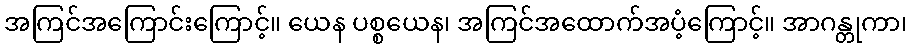
အကြင်အကြောင်းကြောင့်။ ယေန ပစ္စယေန၊ အကြင်အထောက်အပံ့ကြောင့်။ အာဂန္တုကာ၊